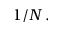
1 / N \, .